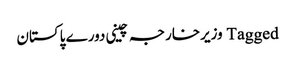
Tagged وزیرخارجہ چینی دورے پاکستان